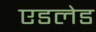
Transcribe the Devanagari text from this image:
एडलेड